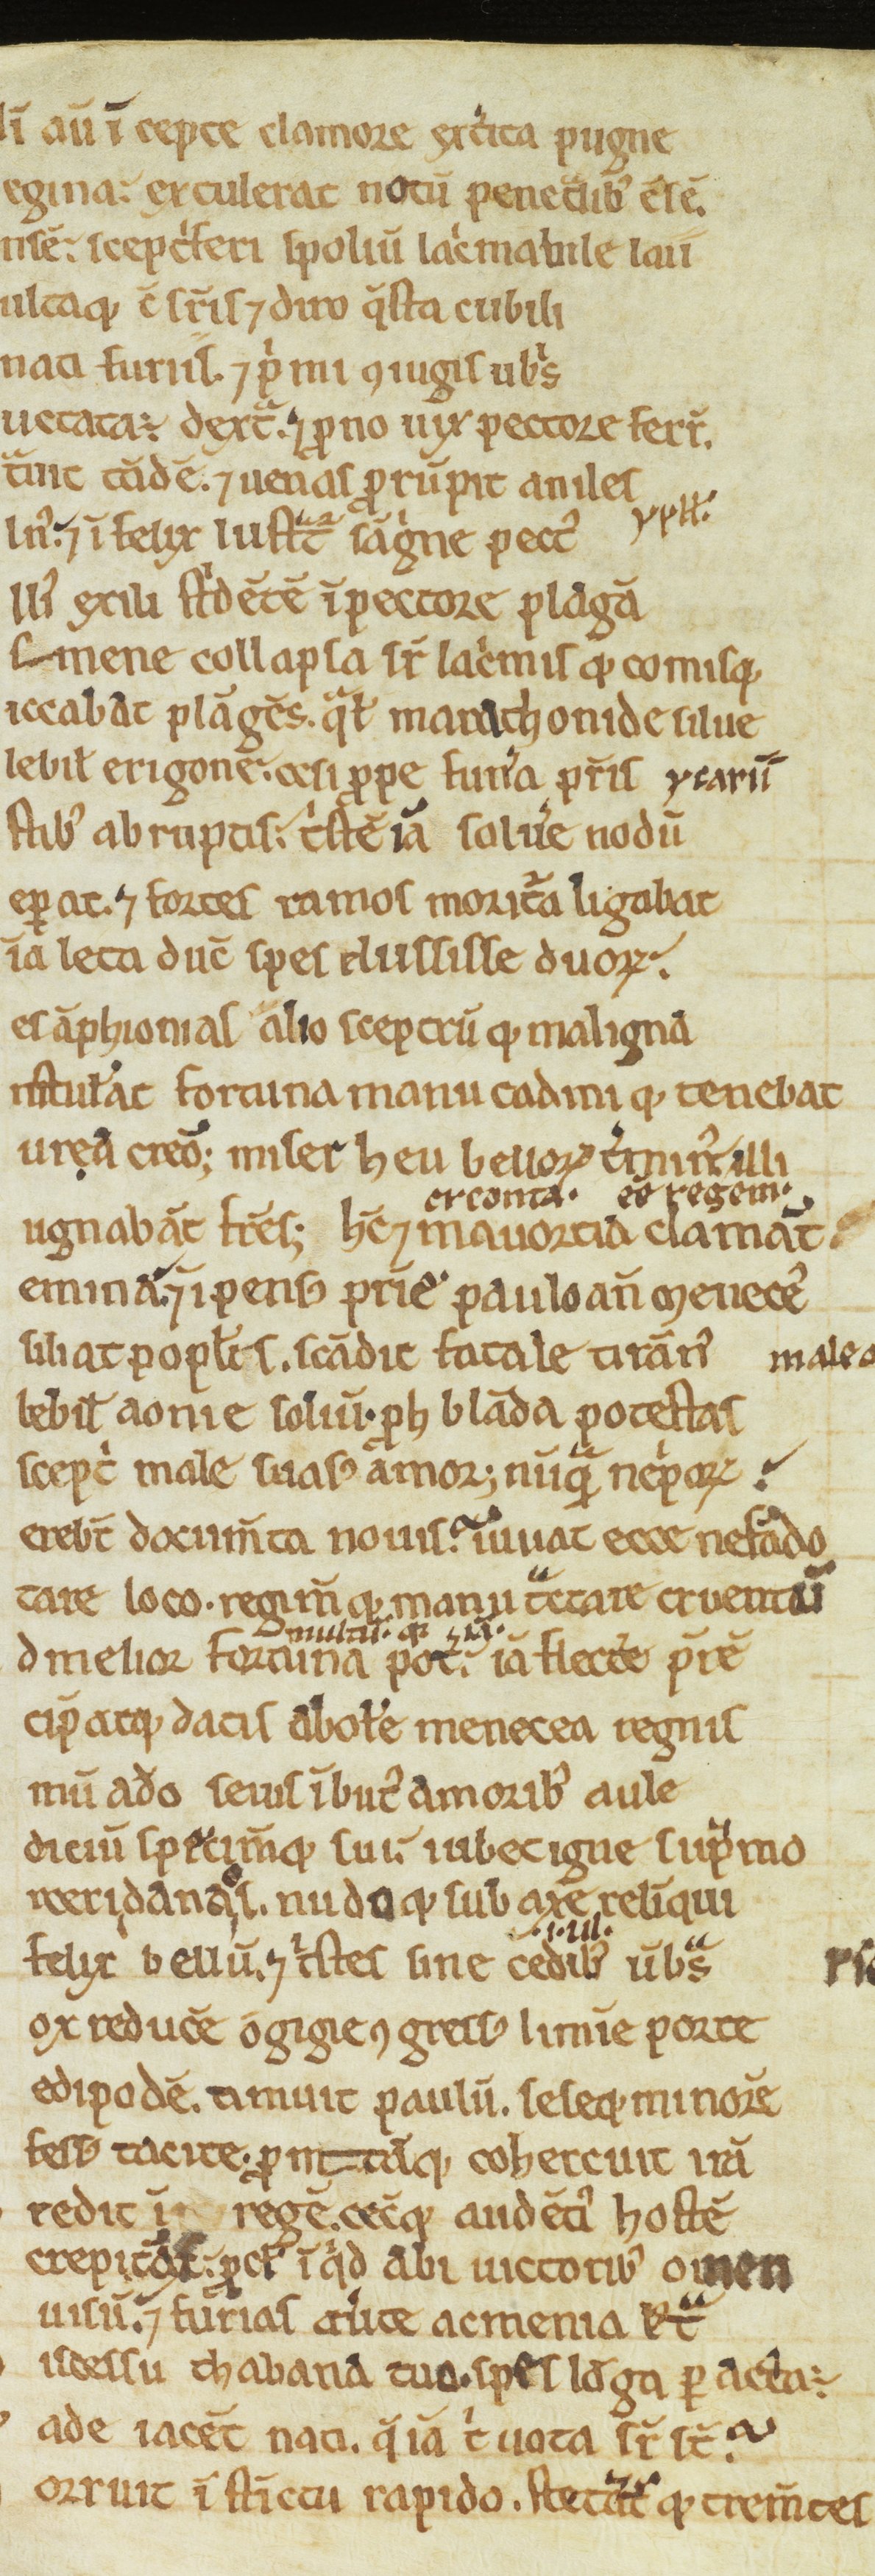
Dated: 1100–1199